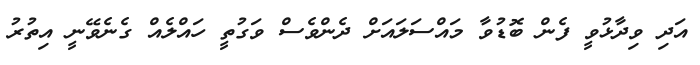
އަދި ވިދާޅުވީ ފެން ބޮޑުވާ މައްސަލައަށް ދެންވެސް ވަގުތީ ހައްލެއް ގެނެވޭނީ އިތުރު